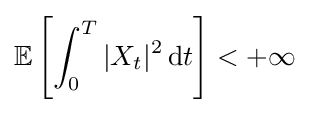
\mathbb {E} \left[\int _{0}^{T}|X_{t}|^{2}\,\mathrm {d} t\right]<+\infty